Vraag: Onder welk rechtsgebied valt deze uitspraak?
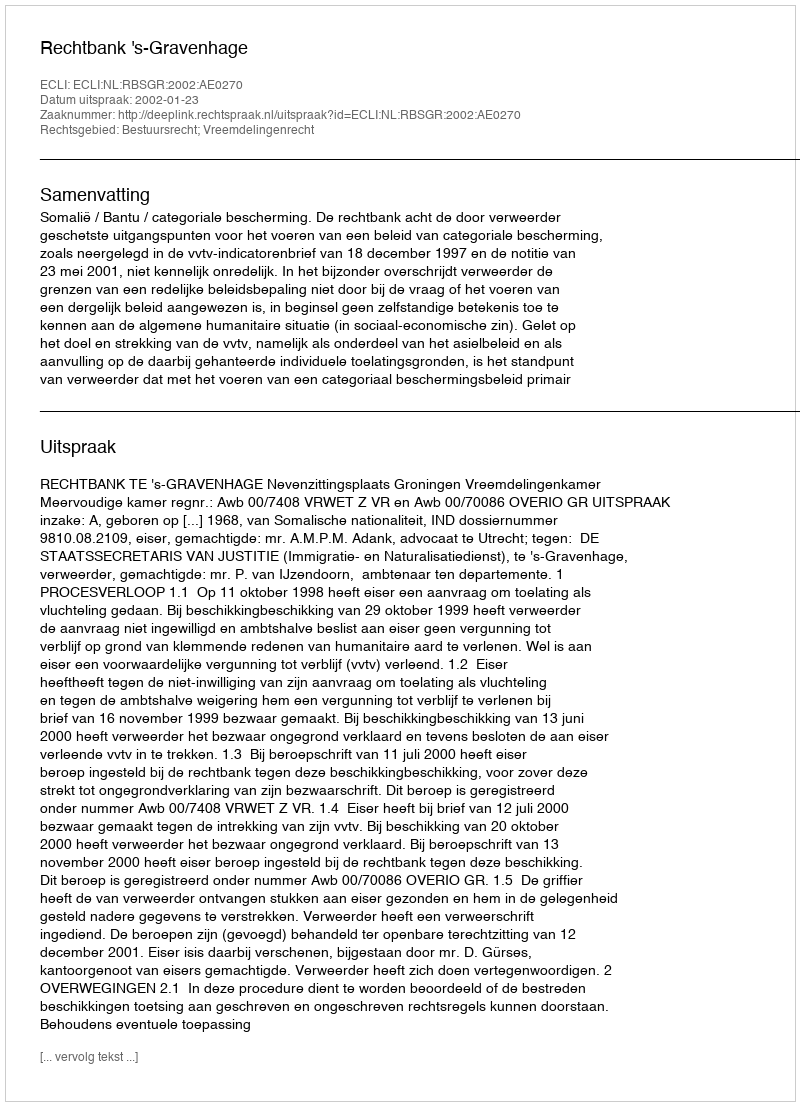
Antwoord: Bestuursrecht; Vreemdelingenrecht